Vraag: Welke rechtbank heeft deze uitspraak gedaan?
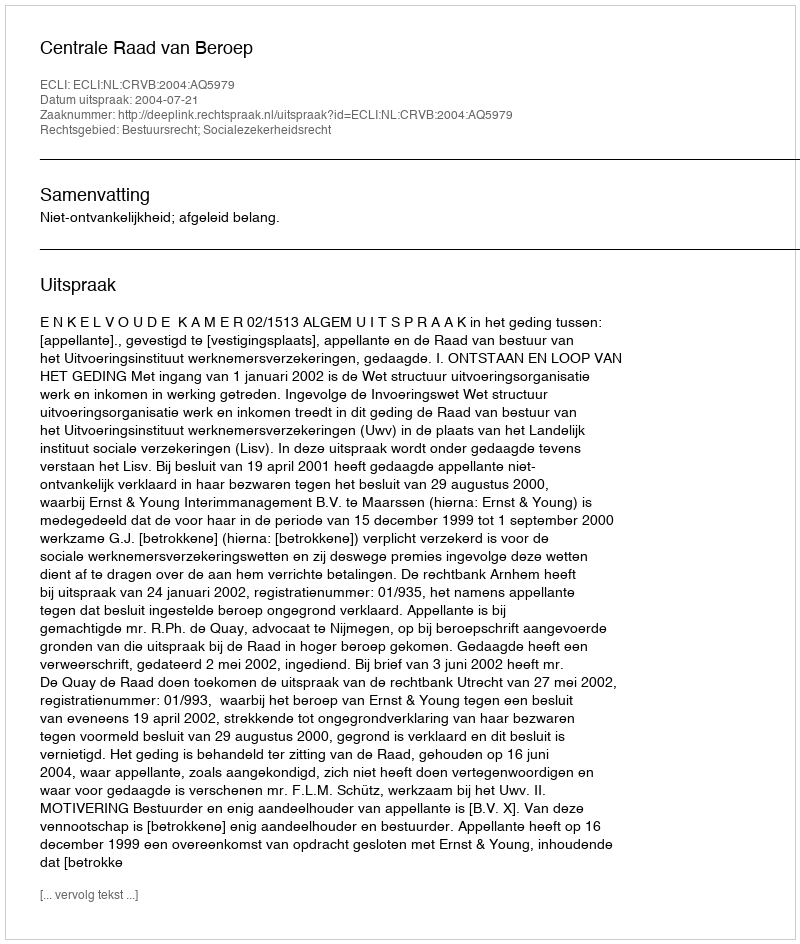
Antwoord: Centrale Raad van Beroep